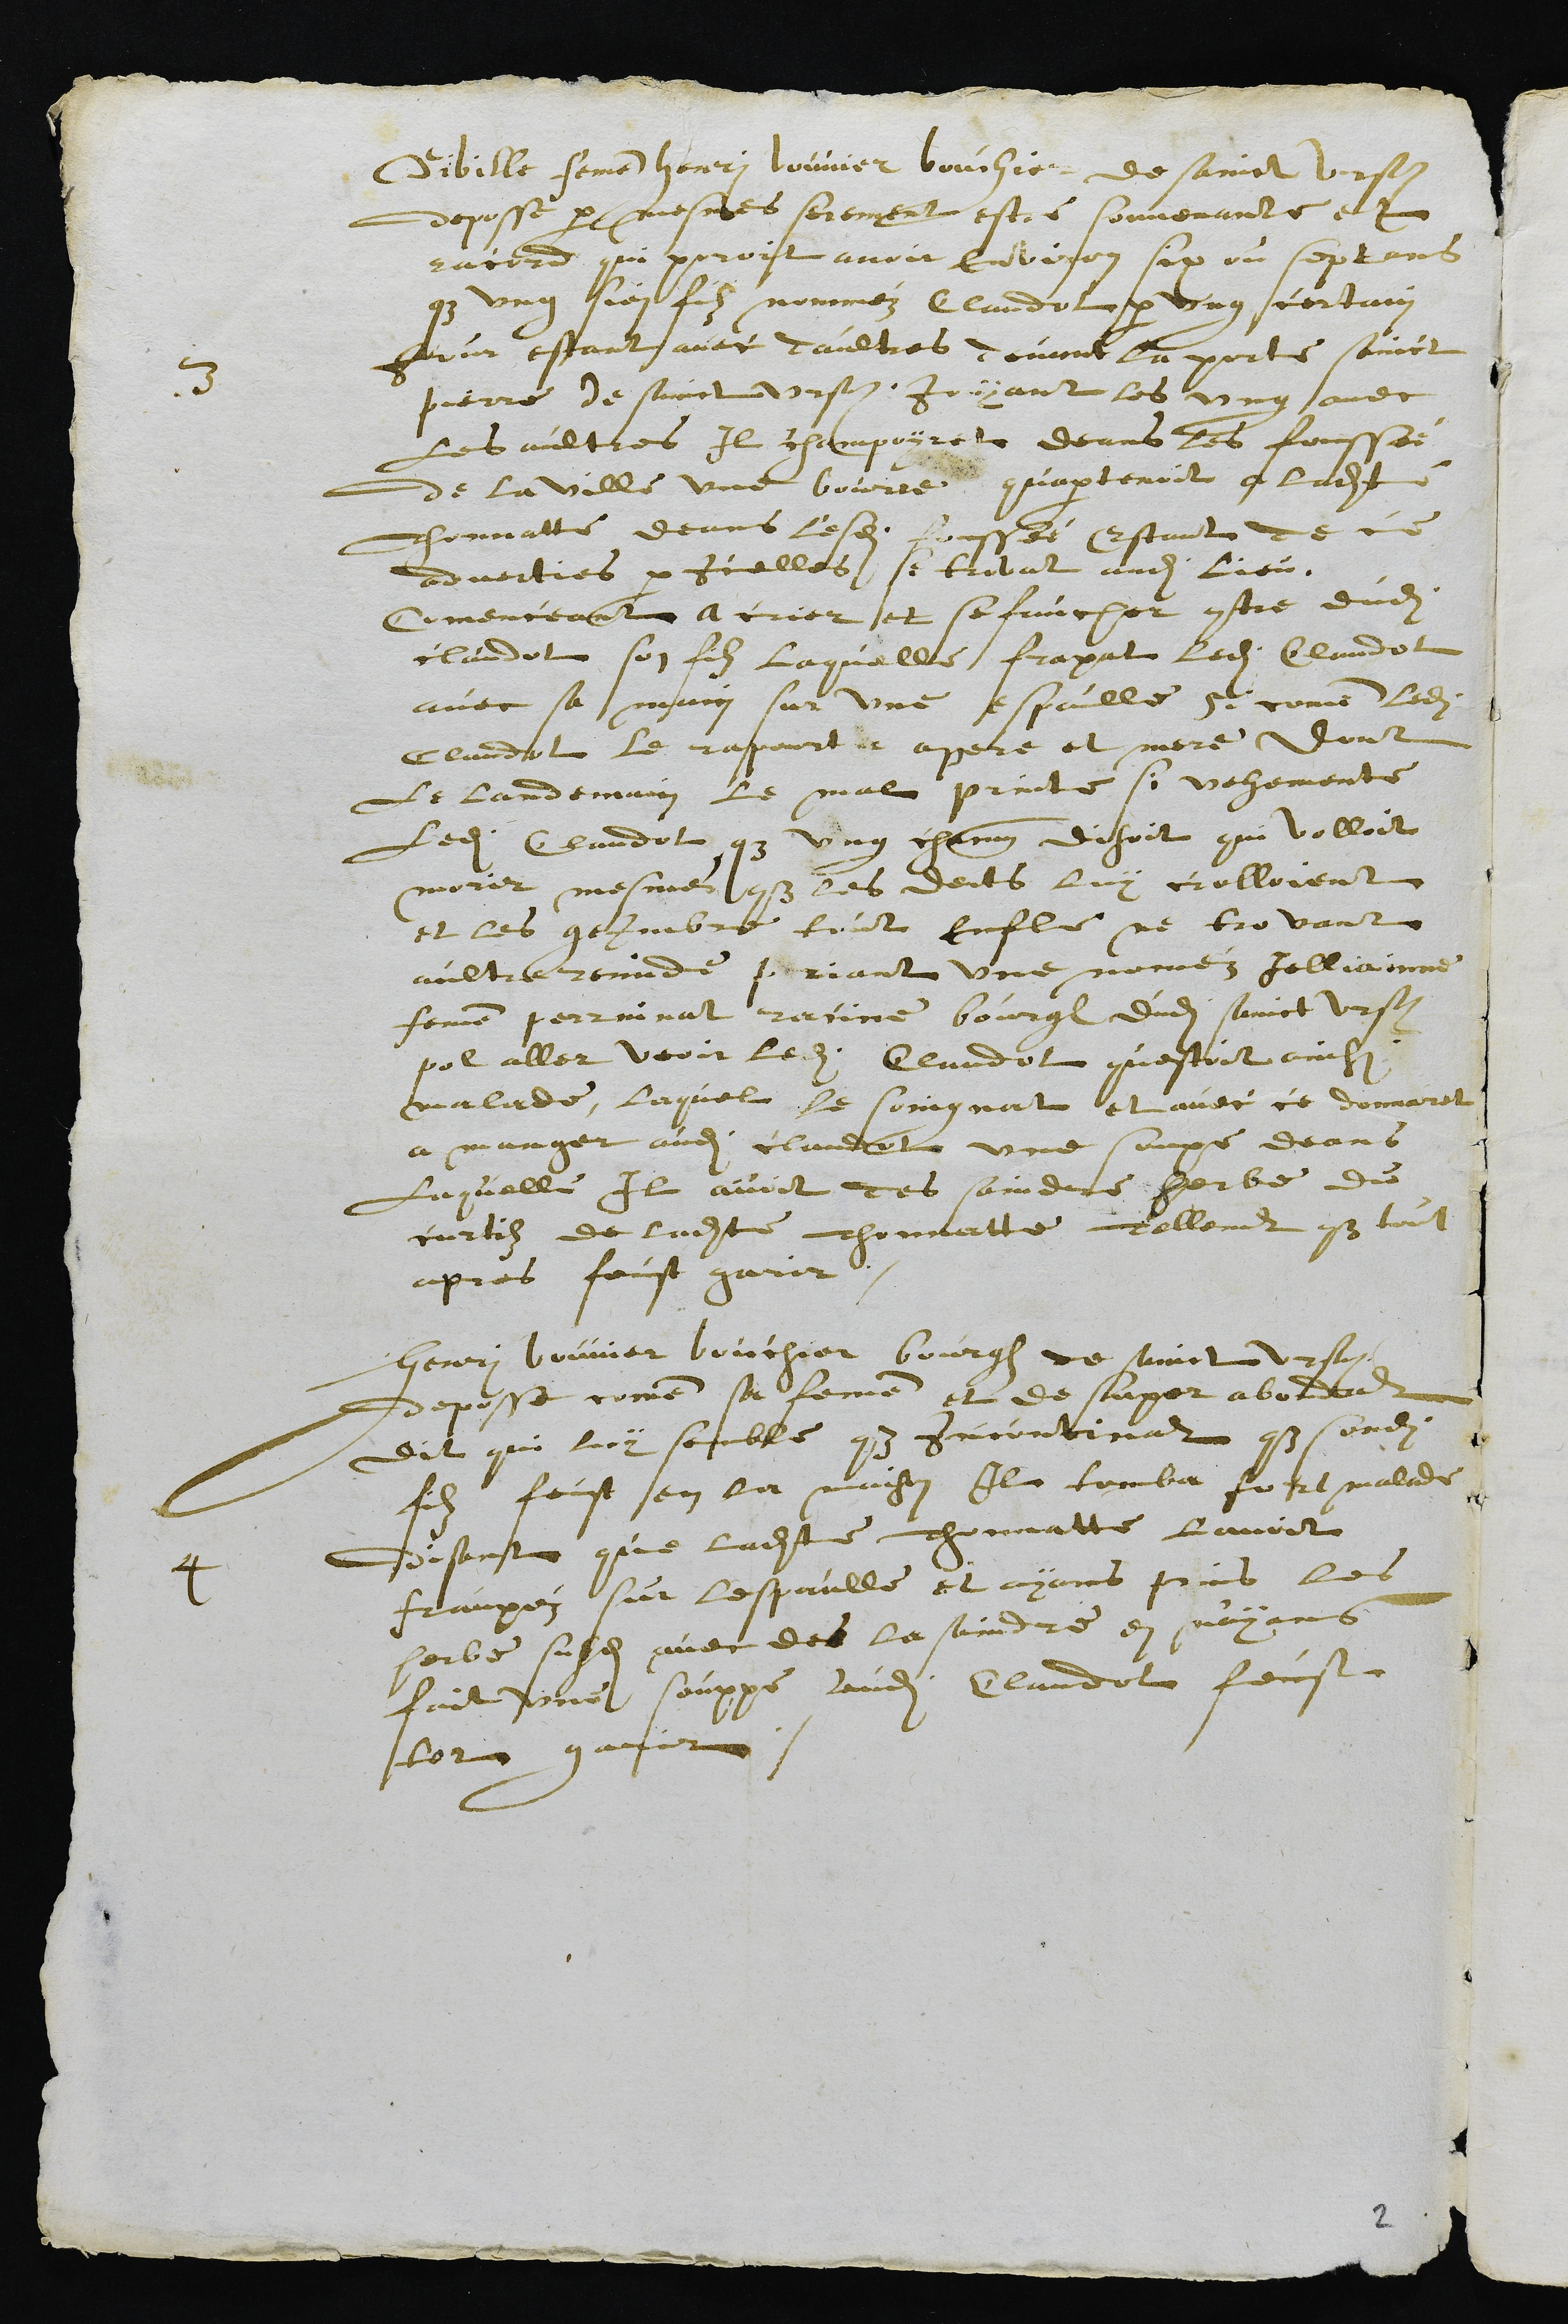
3
Sibille femme Henri bouvier bouchier de Sainct Ursanne
deposse par mesmes serement estre souvenante et
racord qui poroit avoir Environ six ou sept ans
que ung sien filz nomméz Claudot par ung certain
jour estant avec daultres devant la porte sainct
pierre de sainct Ursanne jouyant les ung avec
les aultres Il champoyret deans les foussée
de la ville une bource quapartenoit a ladite
Thonnatte deans lesdits foussée Estant de ce
adverties par Icelles se trovat audit lieu.
Comenceant a crier et se faucher contre dudit
claudot son filz laquelle frapat ledit Claudot
avec sa main sur une espaulle si comme ledit
Claudot le raporta apere et mere dont
Le landemain le mal printe si vehemente
ledit Claudot que ung chacun disoit qui volloit
morir mesme que les dents luy crolloient
et les gezombre tout enfle ne trovant
aultre remide priant une nomez Jelliainne
femme Perrinnat racine bourgeois dudit Sainct Ursanne
po aller veoir ledit Claudot questoit ainsi
malade, laquel le soingnat et avec ce donnaret
a manger audit Claudot une soupe deans
Laquelle Il avoit des saindre herbe du
curtilz de ladite Thonnatte, Tellement que tout
apres feust garir
4
Henri Bouvier bouchier bourgeois de sainct Ursanne
deposse comme sa femme et de super abondant
dit qui luy semble que Incontinant que sondit
filz feust en la maison Il tomba fort malade
disant que ladite Thonnatte lavoit
fraupez sur lespaulle et ayans prins les
herbe susdites avec des la saindre en n'ayans
fait une souppe audit Claudot feust
tot garir.

2